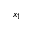
x _ { 1 }